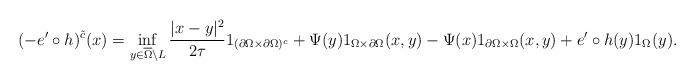
LaTeX: \begin{align*}(-e^{\prime}\circ h)^{\tilde{c}}(x)=\inf_{y\in\overline{\Omega}\backslash L}\frac{| x-y|^{2}}{2\tau}1_{(\partial\Omega\times\partial\Omega)^{c}}+\Psi(y)1_{\Omega\times\partial\Omega}(x,y)-\Psi(x)1_{\partial\Omega\times\Omega}(x,y)+e^{\prime}\circ h(y)1_{\Omega}(y).\end{align*}